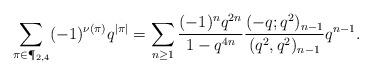
LaTeX: \begin{align*}\sum_{\pi\in\P_{2,4}} (-1)^{\nu(\pi)}q^{|\pi|} = \sum_{n\geq 1} \frac{(-1)^n q^{2n}}{1-q^{4n}}\frac{(-q;q^2)_{n-1}}{(q^2,q^2)_{n-1}}q^{n-1}.\end{align*}